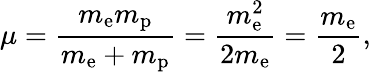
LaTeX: \mu={\frac{m_{\mathrm{e}}m_{\mathrm{p}}}{m_{\mathrm{e}}+m_{\mathrm{p}}}}={\frac{m_{\mathrm{e}}^{2}}{2m_{\mathrm{e}}}}={\frac{m_{\mathrm{e}}}{2}},